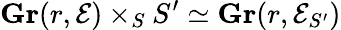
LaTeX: \mathbf{Gr}(r,{\mathcal{E}})\times_{S}S^{\prime}\simeq\mathbf{Gr}(r,{\mathcal{E}}_{S^{\prime}})